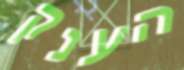
הענק